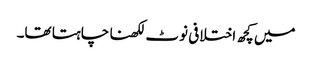
میں کچھ اختلافی نوٹ لکھنا چاہتا تھا۔